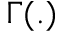
\Gamma ( . )